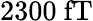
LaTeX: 2300~\mathrm{fT}